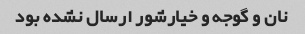
نان و گوجه و خیارشور ارسال نشده بود